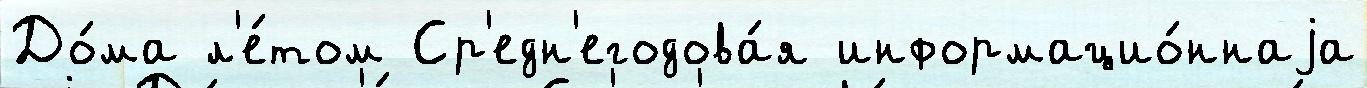
До́ма л'е́том Ср'едн'егодова́я информацио́ннаjа